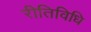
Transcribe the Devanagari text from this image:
रीतिविधि